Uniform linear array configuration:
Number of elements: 16
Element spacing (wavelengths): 0.5
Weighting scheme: blackman
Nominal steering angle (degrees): -45
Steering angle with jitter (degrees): -46.267
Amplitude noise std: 0.05
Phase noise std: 0.05

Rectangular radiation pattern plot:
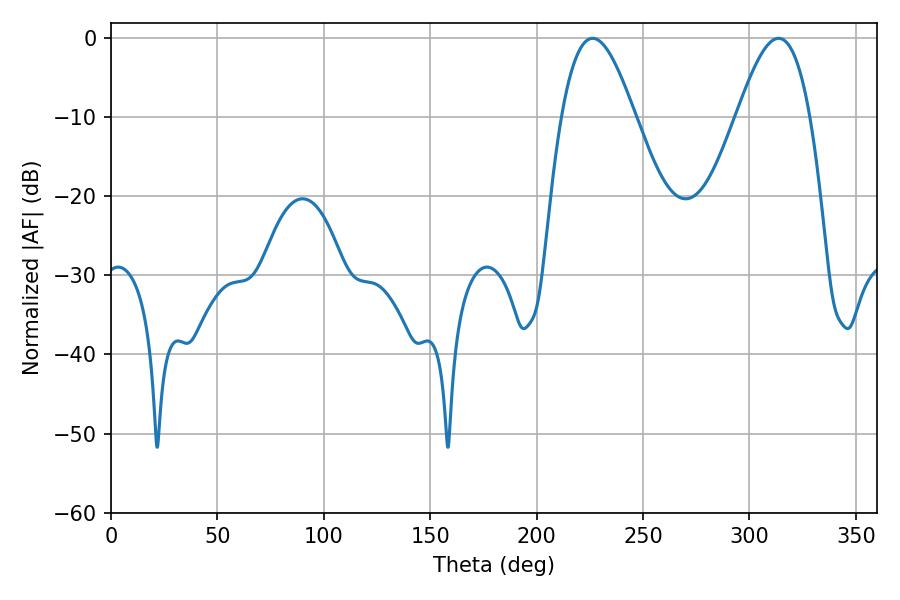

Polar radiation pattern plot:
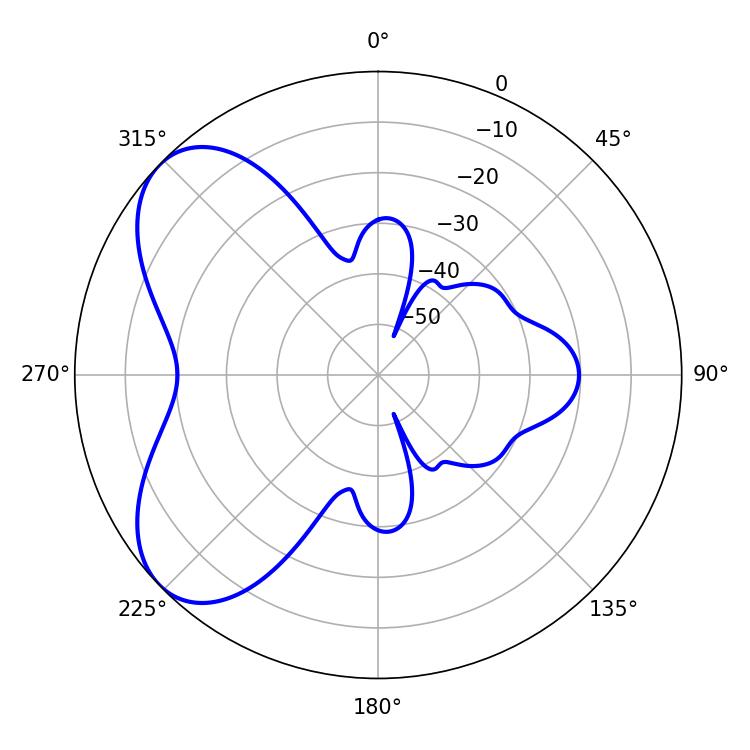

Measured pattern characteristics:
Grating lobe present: FALSE
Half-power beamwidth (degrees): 18.54
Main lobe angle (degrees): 226.26